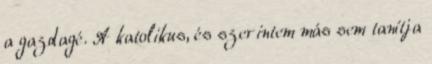
a gazdagé. A katolikus, és szerintem más sem tanítja